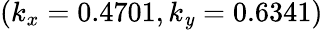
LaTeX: (k_{x}=0.4701,k_{\mathit{y}}=0.6341)